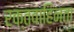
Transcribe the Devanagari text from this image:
रक्तवाहिनता